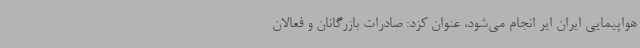
هواپیمایی ایران ایر انجام می‌شود، عنوان کزد: صادرات بازرگانان و فعالان